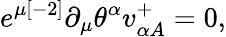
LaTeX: e^{\mu{[-2]}}\partial_{\mu}\theta^{\alpha}v_{\alpha{A}}^{{+}}=0,